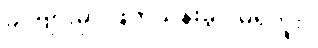
ခင်ဗျားမှာ ဖြတ်သန်းခွင့် မရှိဘူး။